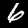
Label: 6